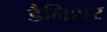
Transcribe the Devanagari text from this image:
डैनिशर